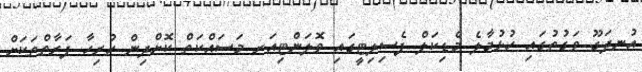
އުނދަގޫ ވަގުތުގައި ހުޅުމާލެ މެޑިކަލް ފެސިލިޓީގައި ވޮލަންޓިއަރ މަސައްކަތް ކޮށްދިން ހުރިހާ ފަރާތްތަކަށް